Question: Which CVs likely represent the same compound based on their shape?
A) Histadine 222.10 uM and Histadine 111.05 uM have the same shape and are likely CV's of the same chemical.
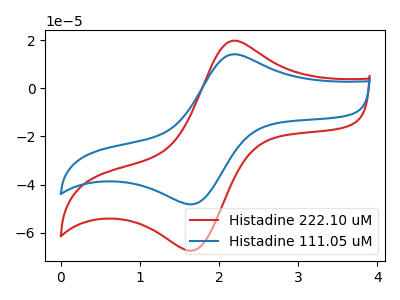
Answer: <think>The red curve "Histadine 222.10 uM" has an anodic peak at (2.15V, 19.60uA) and a cathodic peak at (1.65V, -67.45uA). The blue curve "Histadine 111.05 uM" has an anodic peak at (2.15V, 14.00uA) and a cathodic peak at (1.65V, -48.20uA).
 All the peaks in "Histadine 222.10 uM" have a peak in "Histadine 111.05 uM" at the same potential. Every peak in "Histadine 222.10 uM" is higher than every peak in "Histadine 111.05 uM".</think>
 <answer>A) "Histadine 222.10 uM" and "Histadine 111.05 uM" have the same shape and are likely CV's of the same chemical.</answer>
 <eval>A</eval>